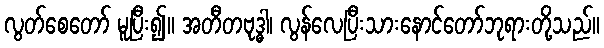
လွတ်စေတော် မူပြီး၍။ အတီတဗုဒ္ဓါ၊ လွန်လေပြီးသားနောင်တော်ဘုရားတို့သည်။